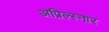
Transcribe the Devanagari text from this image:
अप्रिल्स्नार